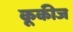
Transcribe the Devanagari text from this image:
कूकीज